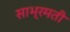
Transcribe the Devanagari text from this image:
साभ्रमती